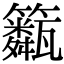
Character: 𥷖